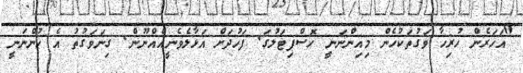
"އަހަރެން ހުރިހާ ވަގުތަކުހެން މިއިންނަނީ ހޮސްޕިޓަލުގަ. ފަހުދަށް އަޅާލެވެނީއެއްނޫން. ގިނަވަގުތު އެ ހުންނަނީ